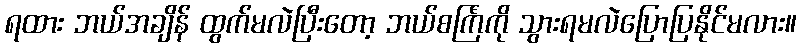
ရထား ဘယ်အချိန် ထွက်မလဲပြီးတော့ ဘယ်စင်္ကြံကို သွားရမလဲပြောပြနိုင်မလား။